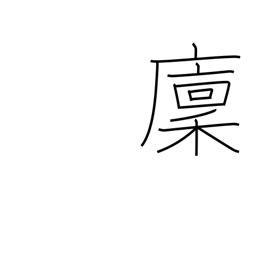
Meaning: rice storehouse